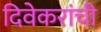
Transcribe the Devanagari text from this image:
दिवेकरांची